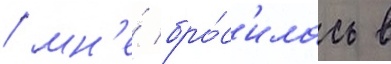
/ мн'е́ бро́с'илась в